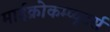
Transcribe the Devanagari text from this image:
माईक्रोकम्प्यूटर्स